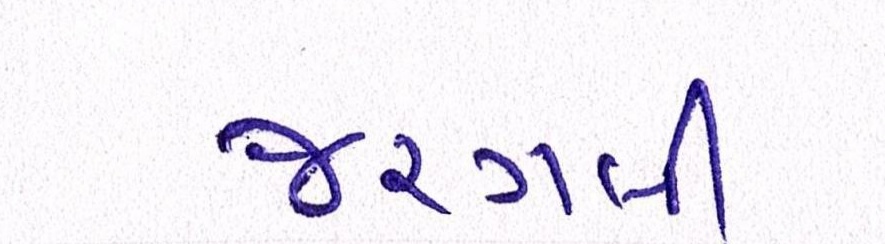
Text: જરગલી